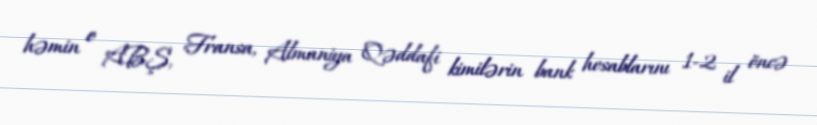
həmin o ABŞ, Fransa, Almaniya Qəddafi kimilərin bank hesablarını 1-2 il öncə